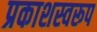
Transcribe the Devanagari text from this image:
प्रकाशस्वरूप